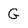
Character: G